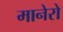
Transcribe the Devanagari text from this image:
मानेरो